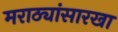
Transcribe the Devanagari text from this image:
मराठ्यांसारखा